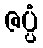
ဇပ္ပံ